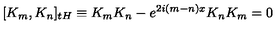
\lbrack K _ { m } , K _ { n } ] _ { t H } \equiv K _ { m } K _ { n } - e ^ { 2 i ( m - n ) x } K _ { n } K _ { m } = 0